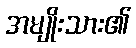
အမျိုးသား၏